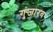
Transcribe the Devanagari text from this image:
गुंजारव